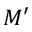
M ^ { \prime }